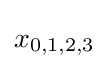
x_{0,1,2,3}